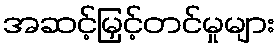
အဆင့်မြှင့်တင်မှုများ